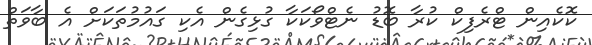
ކޮކެއިން ޓްރެފިކް ކުރާ ބޮޑު ނެޓްވޯކަކާ ގުޅިގެން އެކި ގައުމުތަކަށް އެ ބާވަތް